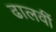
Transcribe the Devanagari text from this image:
ढालवीं